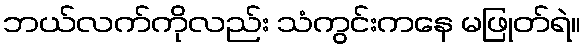
ဘယ်လက်ကိုလည်း သံကွင်းကနေ မဖြုတ်ရဲ။